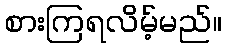
စားကြရလိမ့်မည်။